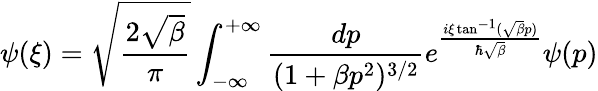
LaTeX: \psi({\xi})=\sqrt{\frac{2\sqrt{\beta}}{\pi}}\int_{-\infty}^{+\infty}\frac{dp}{(1+\beta p^{2})^{3/2}}e^{\frac{i{\xi}\tan^{-1}(\sqrt{\beta}p)}{\hbar\sqrt{\beta}}}\psi(p)